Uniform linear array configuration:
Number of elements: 64
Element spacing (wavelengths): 0.75
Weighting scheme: hann
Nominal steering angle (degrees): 0
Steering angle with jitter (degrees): -0.3974
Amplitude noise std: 0.05
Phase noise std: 0.05

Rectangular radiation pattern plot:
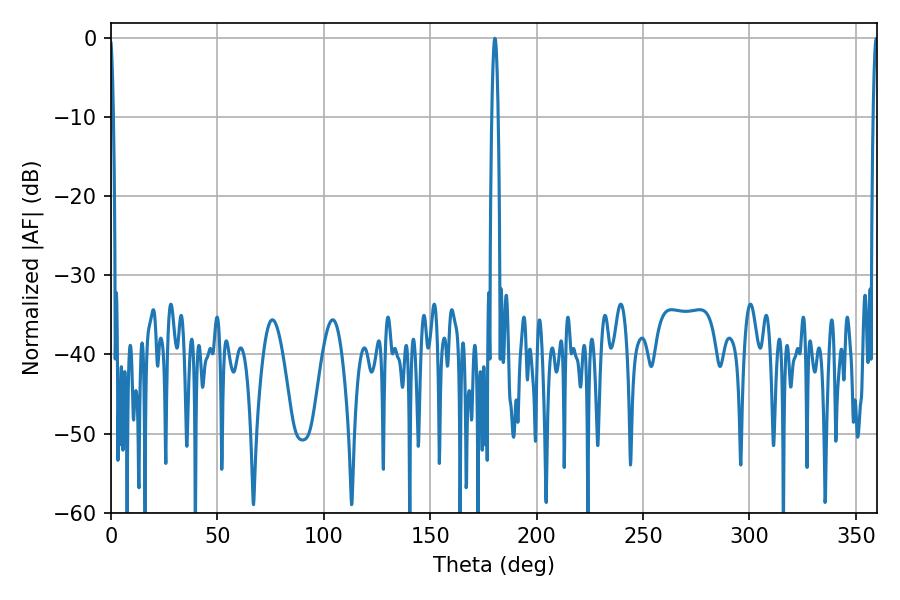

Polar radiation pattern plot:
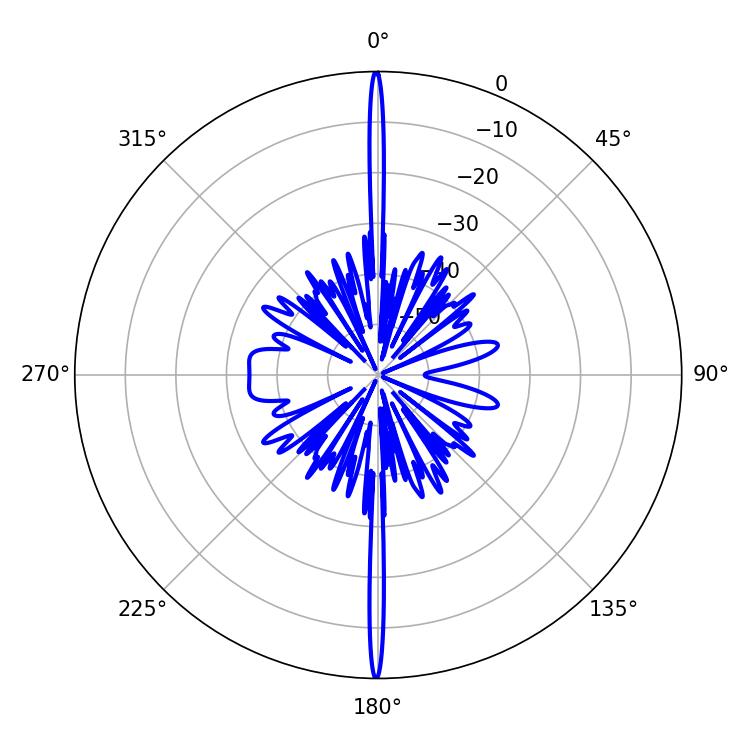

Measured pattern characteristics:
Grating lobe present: TRUE
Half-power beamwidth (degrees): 1.62
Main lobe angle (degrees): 180.36